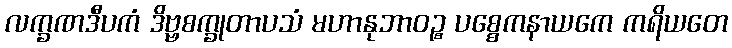
လက္ခဏဒီပကံ ဒိဗ္ဗစက္ခုတာပသံ မဟာနုဘာဝဉ္စ ပစ္စေကနာယကေ ကရိယတေ